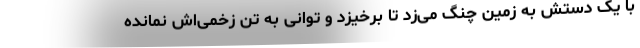
با یک دستش به زمین چنگ می‌زد تا برخیزد و توانی به تن زخمی‌اش نمانده